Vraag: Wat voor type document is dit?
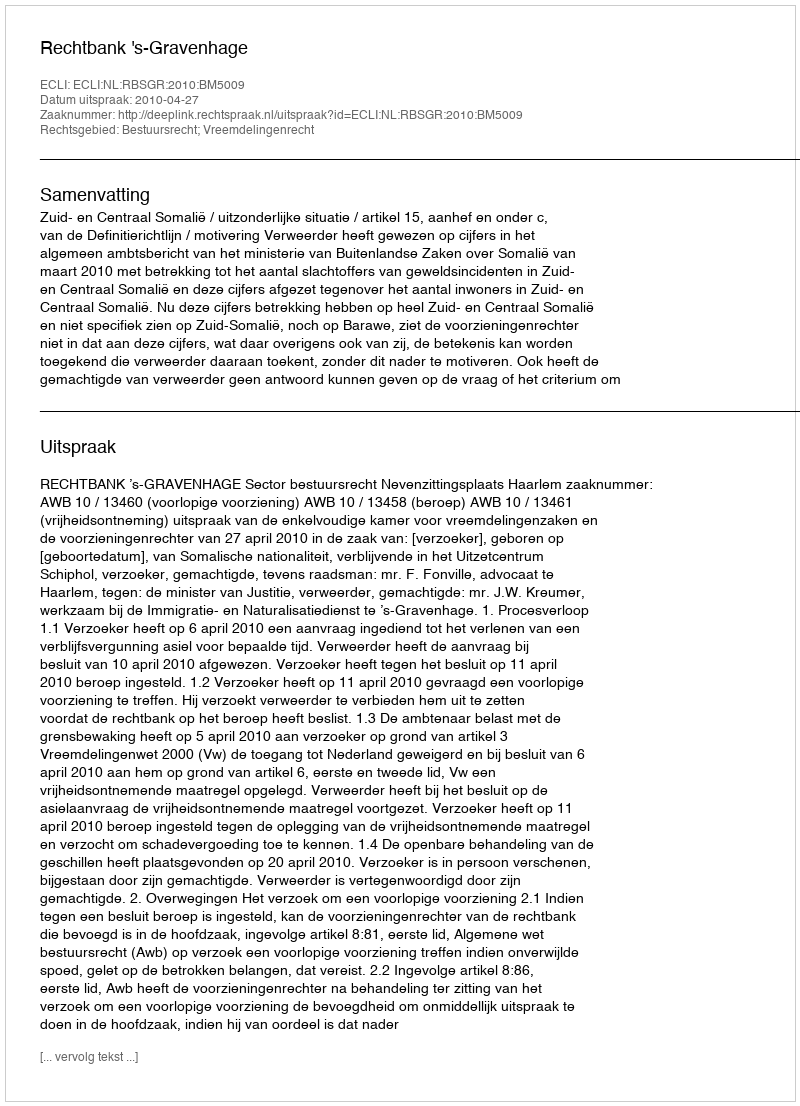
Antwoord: Uitspraak